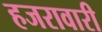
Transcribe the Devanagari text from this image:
हजरावारी